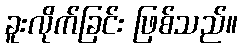
ခူးလိုက်ခြင်း ဖြစ်သည်။